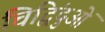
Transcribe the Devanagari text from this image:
चिद्विंदुओं